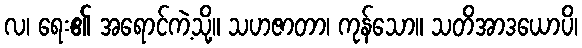
လ၊ ရေး၏ အရောင်ကဲ့သို့။ သဟဇာတာ၊ ကုန်သော။ သတိအာဒယောပိ၊